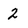
Character: 2